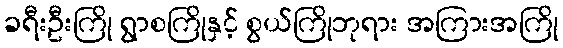
ခရီးဦးကြို ရွာစကြိုနှင့် စွယ်ကြိုဘုရား အကြားအကြို